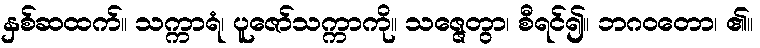
နှစ်ဆထက်။ သက္ကာရံ၊ ပူဇော်သက္ကာကို။ သဇ္ဇေတွာ၊ စီရင်၍။ ဘဂဝတော၊ ၏။